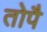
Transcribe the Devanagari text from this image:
तोपै